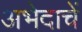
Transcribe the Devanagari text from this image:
अभेदाचें